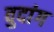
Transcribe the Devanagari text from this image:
वुदांग